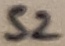
Text: S2